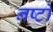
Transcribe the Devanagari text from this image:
नष्टो